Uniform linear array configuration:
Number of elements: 12
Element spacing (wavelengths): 0.25
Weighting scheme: uniform
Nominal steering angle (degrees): -60
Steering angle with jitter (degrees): -58.507
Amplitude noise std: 0.05
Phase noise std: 0.05

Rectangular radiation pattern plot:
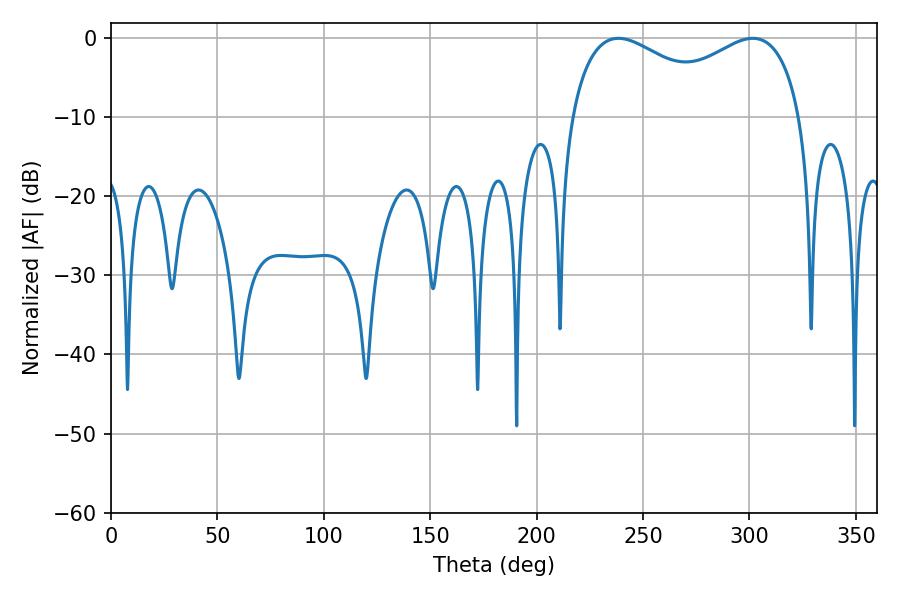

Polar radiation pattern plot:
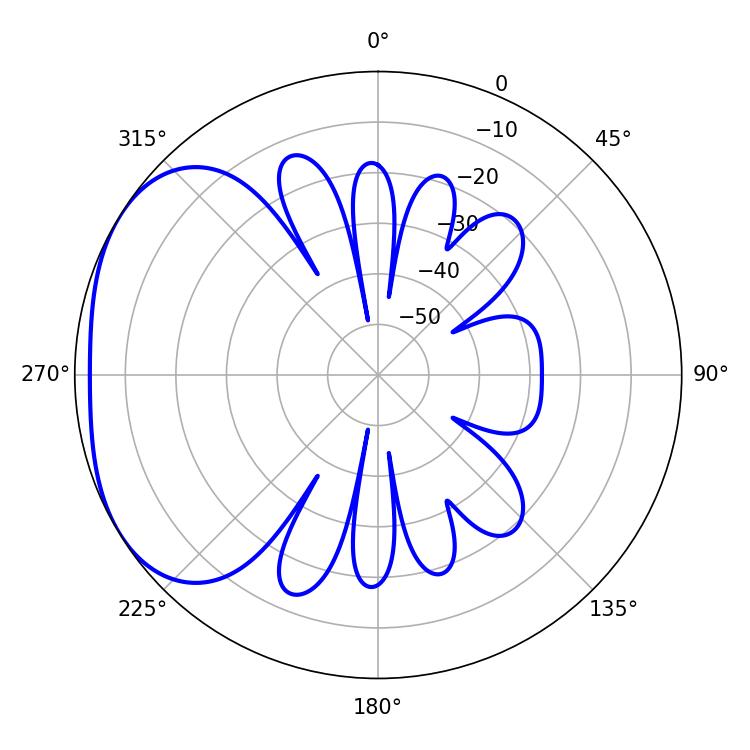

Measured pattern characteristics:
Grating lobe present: FALSE
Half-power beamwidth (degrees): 90.36
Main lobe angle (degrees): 238.5